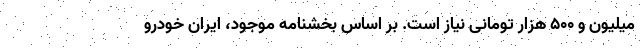
میلیون و ۵۰۰ هزار تومانی نیاز است. بر اساس بخشنامه موجود، ایران خودرو